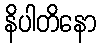
နိပါတိနော